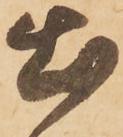
出